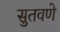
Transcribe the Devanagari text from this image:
सुतवणे